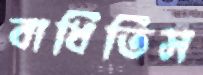
বাধিতিস